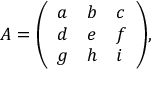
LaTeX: A = { \left( \begin{array} { l l l } { a } & { b } & { c } \\ { d } & { e } & { f } \\ { g } & { h } & { i } \end{array} \right) } ,